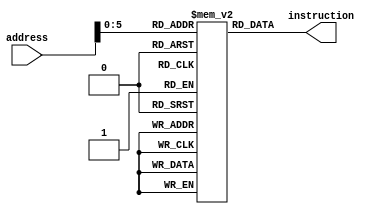
`default_nettype none

`timescale 10 ns / 1 ps

module codes(
	output wire [31:0]	instruction,
	input wire [7:0]	address
	);

	reg [31:0] instrs [58-1:0];
	
	initial begin
		instrs[0] =  {12'b10101, 5'd0, 3'b000, 5'd1, 7'b0010011}; 
		instrs[1] =  {12'b111, 5'd0, 3'b000, 5'd2, 7'b0010011}; 
		instrs[2] =  {12'b111111111100, 5'd0, 3'b000, 5'd3, 7'b0010011}; 
		instrs[3] =  {12'b1011100, 5'd1, 3'b111, 5'd5, 7'b0010011}; 
		instrs[4] =  {12'b10101, 5'd5, 3'b100, 5'd5, 7'b0010011}; 
		instrs[5] =  {12'b1011100, 5'd1, 3'b110, 5'd6, 7'b0010011}; 
		instrs[6] =  {12'b1011100, 5'd6, 3'b100, 5'd6, 7'b0010011}; 
		instrs[7] =  {12'b111, 5'd1, 3'b000, 5'd7, 7'b0010011}; 
		instrs[8] =  {12'b11101, 5'd7, 3'b100, 5'd7, 7'b0010011}; 
		instrs[9] =  {6'b000000, 6'b110, 5'd1, 3'b001, 5'd8, 7'b0010011}; 
		instrs[10] = {12'b10101000001, 5'd8, 3'b100, 5'd8, 7'b0010011}; 
		instrs[11] = {6'b000000, 6'b10, 5'd1, 3'b101, 5'd9, 7'b0010011}; 
		instrs[12] = {12'b100, 5'd9, 3'b100, 5'd9, 7'b0010011}; 
		instrs[13] = {7'b0000000, 5'd2, 5'd1, 3'b111, 5'd10, 7'b0110011}; 
		instrs[14] = {12'b100, 5'd10, 3'b100, 5'd10, 7'b0010011}; 
		instrs[15] = {7'b0000000, 5'd2, 5'd1, 3'b110, 5'd11, 7'b0110011}; 
		instrs[16] = {12'b10110, 5'd11, 3'b100, 5'd11, 7'b0010011}; 
		instrs[17] = {7'b0000000, 5'd2, 5'd1, 3'b100, 5'd12, 7'b0110011}; 
		instrs[18] = {12'b10011, 5'd12, 3'b100, 5'd12, 7'b0010011}; 
		instrs[19] = {7'b0000000, 5'd2, 5'd1, 3'b000, 5'd13, 7'b0110011}; 
		instrs[20] = {12'b11101, 5'd13, 3'b100, 5'd13, 7'b0010011}; 
		instrs[21] = {7'b0100000, 5'd2, 5'd1, 3'b000, 5'd14, 7'b0110011}; 
		instrs[22] = {12'b1111, 5'd14, 3'b100, 5'd14, 7'b0010011}; 
		instrs[23] = {7'b0000000, 5'd2, 5'd2, 3'b001, 5'd15, 7'b0110011}; 
		instrs[24] = {12'b1110000001, 5'd15, 3'b100, 5'd15, 7'b0010011}; 
		instrs[25] = {7'b0000000, 5'd2, 5'd1, 3'b101, 5'd16, 7'b0110011}; 
		instrs[26] = {12'b1, 5'd16, 3'b100, 5'd16, 7'b0010011}; 
		instrs[27] = {7'b0000000, 5'd1, 5'd2, 3'b011, 5'd17, 7'b0110011}; 
		instrs[28] = {12'b0, 5'd17, 3'b100, 5'd17, 7'b0010011}; 
		instrs[29] = {12'b10101, 5'd2, 3'b011, 5'd18, 7'b0010011}; 
		instrs[30] = {12'b0, 5'd18, 3'b100, 5'd18, 7'b0010011}; 
		instrs[31] = {20'b00000000000000000000, 5'd19, 7'b0110111}; 
		instrs[32] = {12'b1, 5'd19, 3'b100, 5'd19, 7'b0010011}; 
		instrs[33] = {6'b010000, 6'b1, 5'd3, 3'b101, 5'd20, 7'b0010011}; 
		instrs[34] = {12'b111111111111, 5'd20, 3'b100, 5'd20, 7'b0010011}; 
		instrs[35] = {7'b0000000, 5'd1, 5'd3, 3'b010, 5'd21, 7'b0110011}; 
		instrs[36] = {12'b0, 5'd21, 3'b100, 5'd21, 7'b0010011}; 
		instrs[37] = {12'b1, 5'd3, 3'b010, 5'd22, 7'b0010011}; 
		instrs[38] = {12'b0, 5'd22, 3'b100, 5'd22, 7'b0010011}; 
		instrs[39] = {7'b0100000, 5'd2, 5'd1, 3'b101, 5'd23, 7'b0110011}; 
		instrs[40] = {12'b1, 5'd23, 3'b100, 5'd23, 7'b0010011}; 
		instrs[41] = {20'b00000000000000000100, 5'd4, 7'b0010111}; 
		instrs[42] = {6'b000000, 6'b111, 5'd4, 3'b101, 5'd24, 7'b0010011}; 
		instrs[43] = {12'b10000000, 5'd24, 3'b100, 5'd24, 7'b0010011}; 
		instrs[44] = {1'b0, 10'b0000000010, 1'b0, 8'b00000000, 5'd25, 7'b1101111}; 
		instrs[45] = {20'b00000000000000000000, 5'd4, 7'b0010111}; 
		instrs[46] = {7'b0000000, 5'd4, 5'd25, 3'b100, 5'd25, 7'b0110011}; 
		instrs[47] = {12'b1, 5'd25, 3'b100, 5'd25, 7'b0010011}; 
		instrs[48] = {12'b10000, 5'd4, 3'b000, 5'd26, 7'b1100111}; 
		instrs[49] = {7'b0100000, 5'd4, 5'd26, 3'b000, 5'd26, 7'b0110011}; 
		instrs[50] = {12'b111111110001, 5'd26, 3'b000, 5'd26, 7'b0010011}; 
		instrs[51] = {7'b0000000, 5'd1, 5'd2, 3'b010, 5'b00001, 7'b0100011}; 
		instrs[52] = {12'b1, 5'd2, 3'b010, 5'd27, 7'b0000011}; 
		instrs[53] = {12'b10100, 5'd27, 3'b100, 5'd27, 7'b0010011}; 
		instrs[54] = {12'b1, 5'd0, 3'b000, 5'd28, 7'b0010011}; 
		instrs[55] = {12'b1, 5'd0, 3'b000, 5'd29, 7'b0010011}; 
		instrs[56] = {12'b1, 5'd0, 3'b000, 5'd30, 7'b0010011}; 
		instrs[57] = {1'b0, 10'b0000000000, 1'b0, 8'b00000000, 5'd0, 7'b1101111};
	end
	
	assign instruction = instrs[address];
	
endmodule

`default_nettype wire